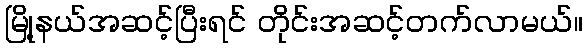
မြို့နယ်အဆင့်ပြီးရင် တိုင်းအဆင့်တက်လာမယ်။